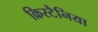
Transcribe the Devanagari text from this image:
क्रिस्टैनिया